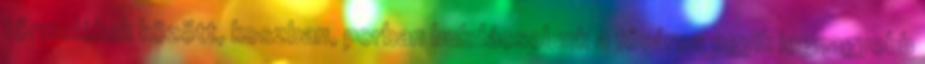
törmelékek között, koszban, porban bukdácsolunk a főváros egyik legnagyobb